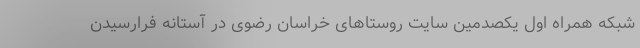
شبکه همراه اول یکصدمین سایت روستاهای خراسان رضوی در آستانه فرارسیدن